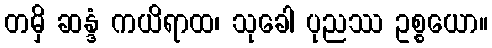
တမှိ ဆန္ဒံ ကယိရာထ၊ သုခေါ ပုညဿ ဥစ္စယော။